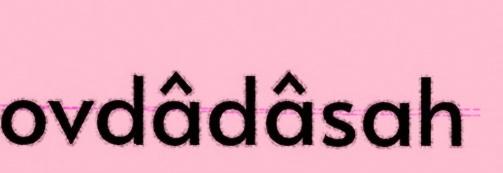
ovdâdâsah